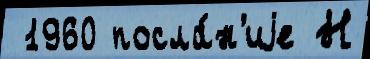
 1960 посла́н'иjе Н